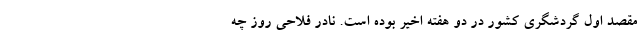
مقصد اول گردشگری کشور در دو هفته اخیر بوده است. نادر فلاحی روز چه